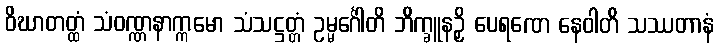
ဝိဃာတတ္ထံ သံဝဏ္ဏနာက္ကမော သံသဋ္ဌတ္တံ ဥမ္မင်္ဂေါတိ ဘိက္ခူနဉှိ ပေရဏေ နေဝါတိ သဿတာနံ